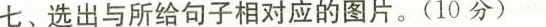
七、选出与所给句子相对应的图片.(10 分)